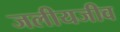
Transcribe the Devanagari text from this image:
जलीयजीव